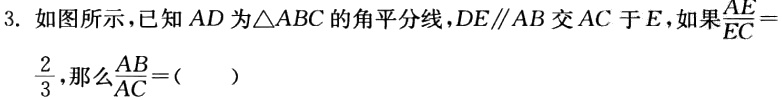
3. 如图所示，已知\(AD\)为\(\triangle ABC\)的角平分线，\(DE\parallel AB\)交\(AC\)于\(E\)，如果\(\frac{AE}{EC}=\frac{2}{3}\)，那么\(\frac{AB}{AC}=(\ \ \ \ )\)